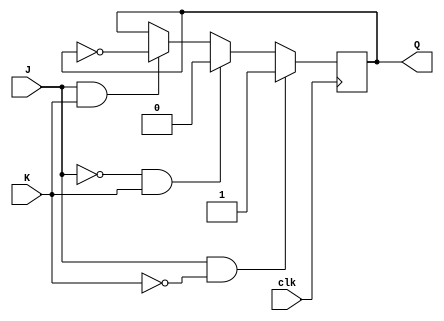
module JK_flipflop (
    input J,
    input K,
    input clk,
    output reg Q,
    output reg Q
);

always @(posedge clk) begin
    if (J && ~K) begin
        Q <= 1;
    end else if (~J && K) begin
        Q <= 0;
    end else if (J && K) begin
        Q <= ~Q;
    end
end

assign Q_bar = ~Q;

endmodule